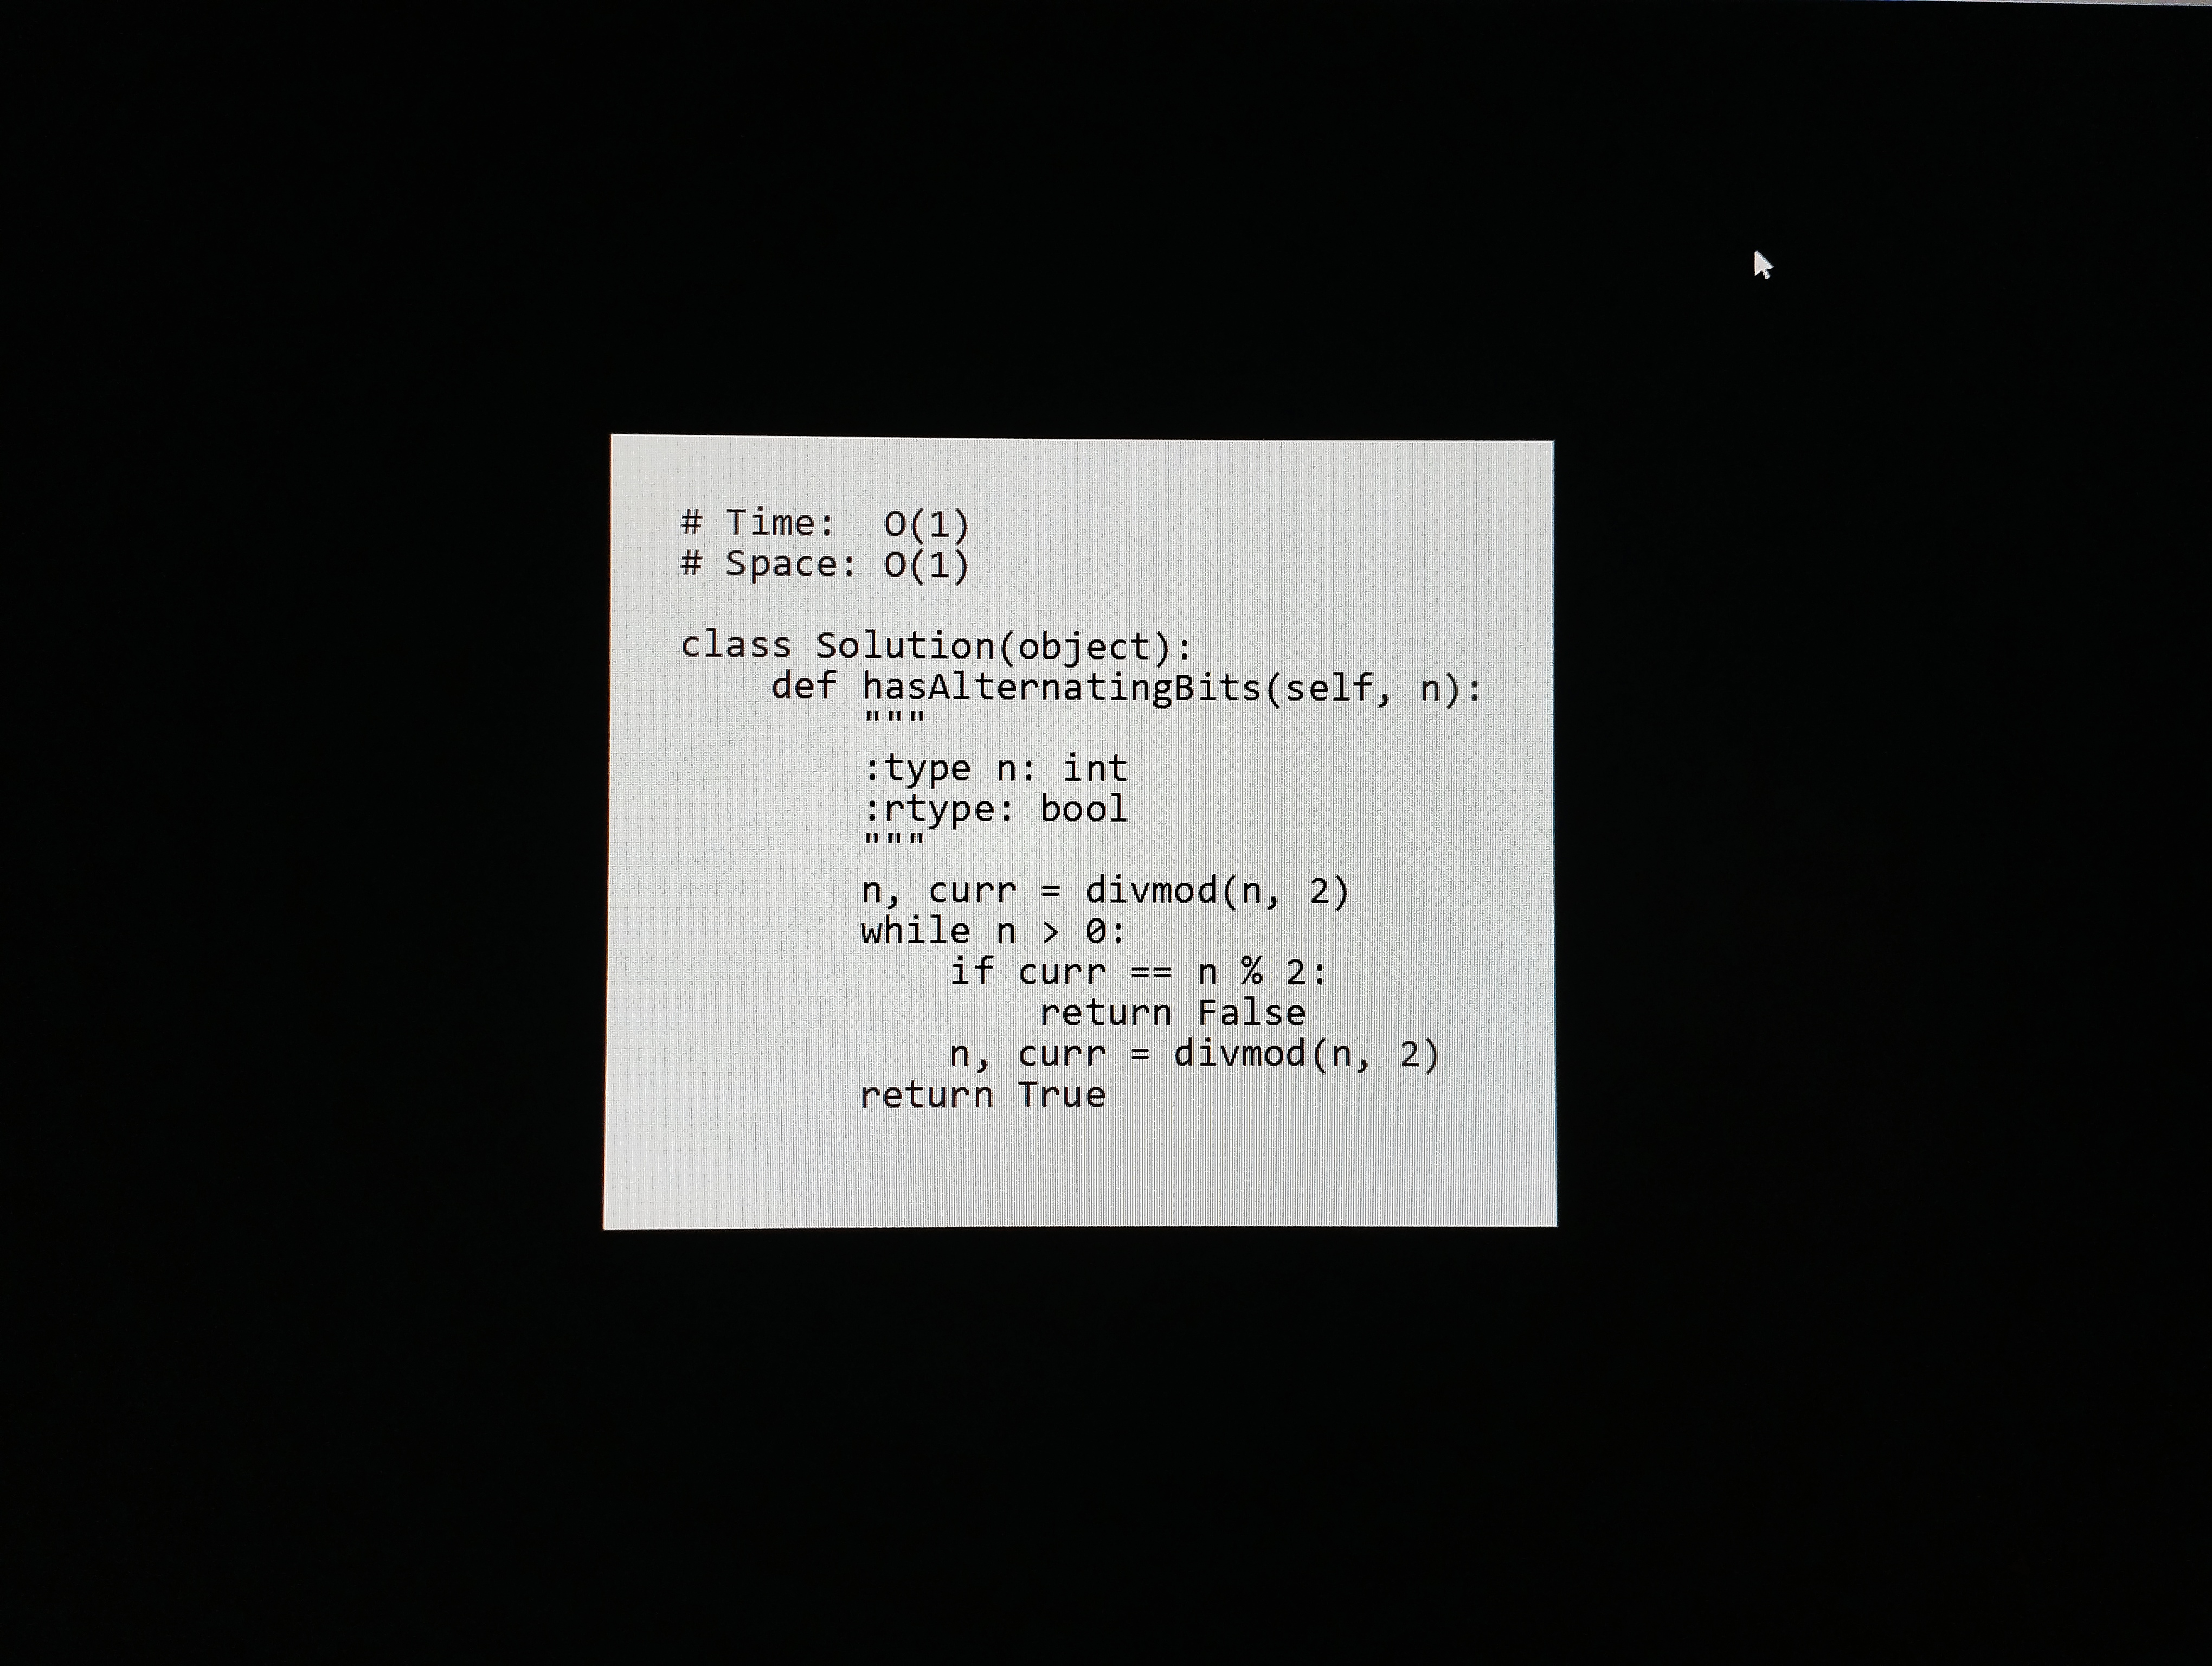
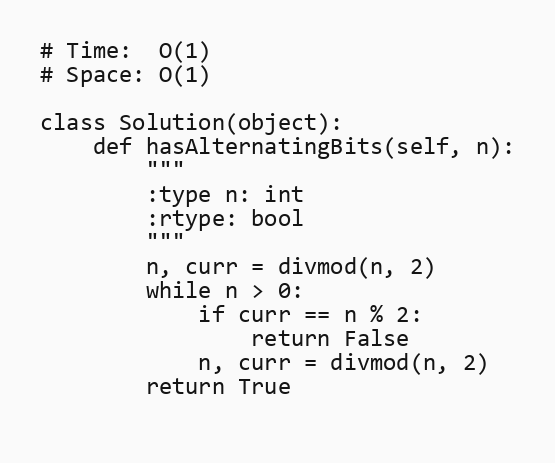
# Time:  O(1)
# Space: O(1)

class Solution(object):
    def hasAlternatingBits(self, n):
        """
        :type n: int
        :rtype: bool
        """
        n, curr = divmod(n, 2)
        while n > 0:
            if curr == n % 2:
                return False
            n, curr = divmod(n, 2)
        return True